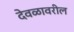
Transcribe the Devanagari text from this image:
देवळावरील